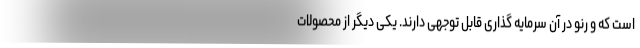
است که و رنو در آن سرمایه گذاری قابل توجهی دارند. یکی دیگر از محصولات